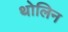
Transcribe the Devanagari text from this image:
थोलिन